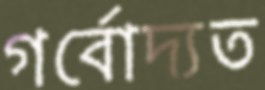
গর্বোদ্যত